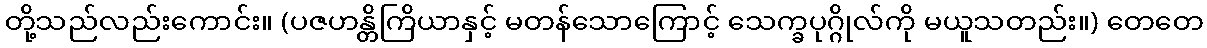
တို့သည်လည်းကောင်း။ (ပဇဟန္တိကြိယာနှင့် မတန်သောကြောင့် သေက္ခပုဂ္ဂိုလ်ကို မယူသတည်း။) တေတေ